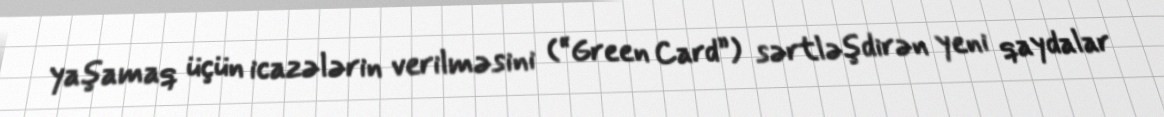
yaşamaq üçün icazələrin verilməsini (“Green Card”) sərtləşdirən yeni qaydalar